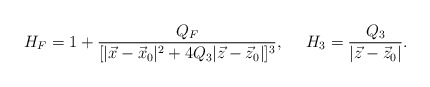
\begin{align*}H_F=1+{{Q_F}\over{[|\vec{x}-\vec{x}_0|^2+4Q_3|\vec{z}-\vec{z}_0|]^3}}, \ \ \ \ H_3={{Q_3}\over{|\vec{z}-\vec{z}_0|}}.\end{align*}